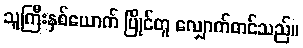
သူကြီးနှစ်ယောက် ပြိုင်တူ လျှောက်တင်သည်။